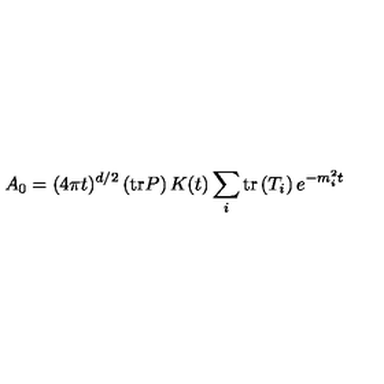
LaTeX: A _ { 0 } = ( 4 \pi t ) ^ { d / 2 } \left( \mathrm { t r } P \right) K ( t ) \sum _ { i } \mathrm { t r } \left( T _ { i } \right) e ^ { - m _ { i } ^ { 2 } t }